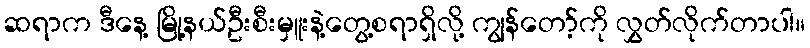
ဆရာက ဒီနေ့ မြို့နယ်ဦးစီးမှူးနဲ့တွေ့စရာရှိလို့ ကျွန်တော့်ကို လွှတ်လိုက်တာပါ။